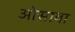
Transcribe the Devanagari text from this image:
ओसावा